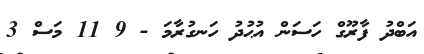
އަބްދު ފާރޫގް ހަސަން އުޙުދު ހަނގުރާމަ - 9 11 މަސް 3